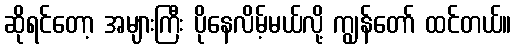
ဆိုရင်တော့ အများကြီး ပိုနေလိမ့်မယ်လို့ ကျွန်တော် ထင်တယ်။